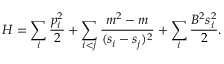
H = \sum _ { i } { \frac { p _ { i } ^ { 2 } } { 2 } } + \sum _ { i < j } { \frac { m ^ { 2 } - m } { ( s _ { i } - s _ { j } ) ^ { 2 } } } + \sum _ { i } { \frac { B ^ { 2 } s _ { i } ^ { 2 } } { 2 } } .